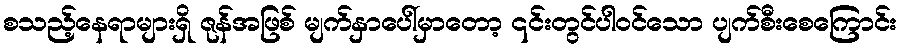
စသည့်နေရာများရှိ ဇုန်အဖြစ် မျက်နှာပေါ်မှာတော့ ၎င်းတွင်ပါဝင်သော ပျက်စီးစေကြောင်း